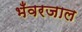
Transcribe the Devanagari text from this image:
भँवरजाल